system: You are a helpful assistant.
user:
Analyze the provided spectrum to determine if it is a **"Cataclysmic Variables (CV)"**.

- **Key Indicators for CV (Check for either state):**
    - **State 1: Quiescent / Low-State (Emission-Dominated)**
        - **(Primary):** Strong and *very broad* Hydrogen Balmer emission lines (e.g., $H\alpha$ at 6563 Å, $H\beta$ at 4861 Å). The 'broadness' (high velocity dispersion, often FWHM > 1000 km/s) is the key diagnostic, indicating a high-velocity accretion disk.
        - **(Secondary):** Broad neutral Helium (He I) emission lines (e.g., 5876 Å, 6678 Å).
        - **(Key Confirmation):** Presence of high-excitation *ionized* Helium (He II) emission at 4686 Å. This is a strong indicator of accretion onto a white dwarf.
        - **(Line Profile):** Emission lines may exhibit a 'double-peaked' profile, which is a classic signature of a rotating accretion disk viewed at high inclination.

    - **State 2: Outburst / High-State (Absorption-Dominated)**
        - **(Primary):** Spectrum is dominated by a bright, blue continuum (looks like a hot star).
        - **(Secondary):** The emission lines from State 1 are weak, absent, or 'filled in', and are replaced by broad, shallow *absorption* lines (primarily Balmer and He I).
        - **(Morphology):** The overall spectrum mimics a hot B/A-type star. The crucial difference is that the absorption lines are significantly broader, shallower, and more 'washed-out' (or 'smeared') than the sharp lines of a normal stellar photosphere, due to high rotational speeds and pressure broadening in the disk.

Think first, call **spectral_visualization_tool** if needed to examine features in detail, then provide your final answer. Your response must adhere to the following strict rules:
1.  **Overall Structure:** Your response must follow the format `<think>...</think> <tool_call>...</tool_call> (if a tool is used) <answer>...</answer>`.
2.  **Tool Usage Constraint:** You may only make **one** tool call per turn.
3.  **Final Answer Format:** In the `<answer>` tag, your conclusion must be inside a `\boxed{}` command (e.g., `\boxed{YES}`), followed by your justification.

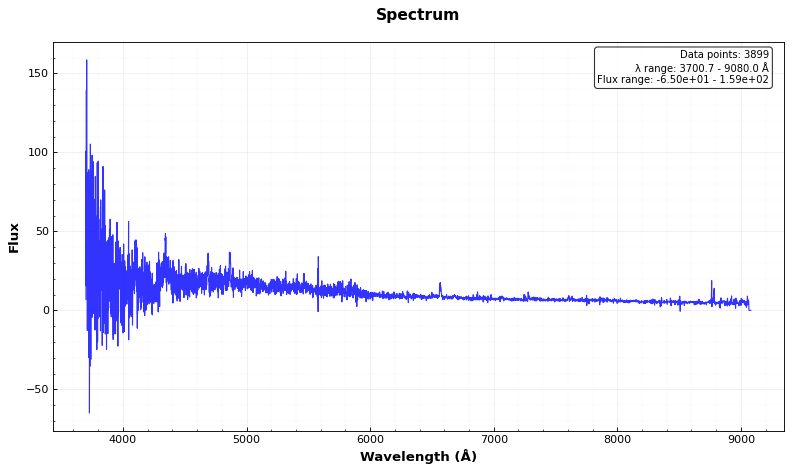
Answer: YES